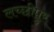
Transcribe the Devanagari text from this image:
लच्छीपुर